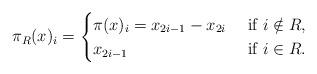
LaTeX: \begin{align*}\pi_{R}(x)_i = \begin{cases}\pi(x)_i = x_{2i-1} - x_{2i} &\textrm{ if } i \notin {R}, \\x_{2i-1} &\textrm{ if } i \in {R}. \\\end{cases}\end{align*}